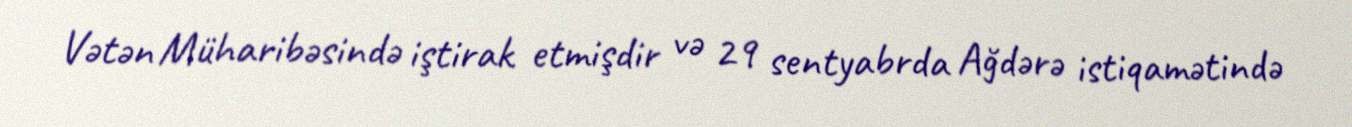
Vətən Müharibəsində iştirak etmişdir və 29 sentyabrda Ağdərə istiqamətində